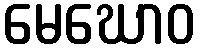
မေဃောဝ